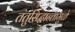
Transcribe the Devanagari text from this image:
तंतुसिद्धान्तामुळे